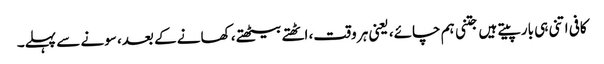
کافی اتنی ہی بار پیتے ہیں جتنی ہم چائے، یعنی ہر وقت، اٹھتے بیٹھتے، کھانے کے بعد، سونے سے پہلے۔